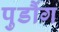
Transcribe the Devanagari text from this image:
पुडौंग